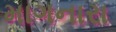
માગનારા